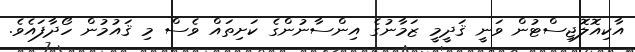
އާކިއޮލޮޖިސްޓުން ވަނީ ޤަދީމީ ޒަމާނުގެ އިންސާނުންގެ ކަށިތައް ވެސް މި ޤައުމުން ހޯދާފައެވެ.